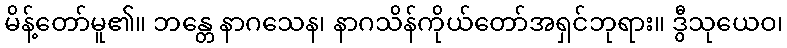
မိန့်တော်မူ၏။ ဘန္တေ နာဂသေန၊ နာဂသိန်ကိုယ်တော်အရှင်ဘုရား။ ဒွီသုယေဝ၊